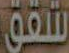
شقق